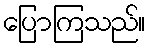
ပြောကြသည်။